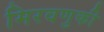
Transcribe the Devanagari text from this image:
मिरवणुकी